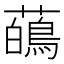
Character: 𬟑